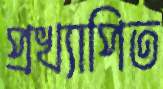
প্রখ্যাপিত